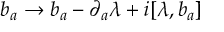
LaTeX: b _ { a } \rightarrow b _ { a } - \partial _ { a } \lambda + i [ \lambda , b _ { a } ]